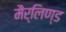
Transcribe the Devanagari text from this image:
मैर्लिण्ड